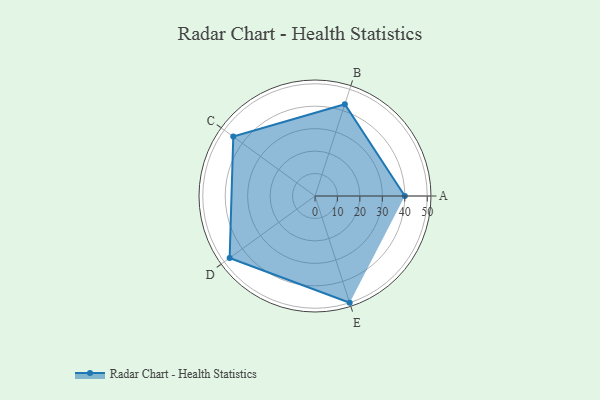
{"axis": {"x": "Skill", "y": "Score"}, "legend": ["Profile"], "data": [{"x": "A", "y": 40.0, "type": "Profile"}, {"x": "B", "y": 43.0, "type": "Profile"}, {"x": "C", "y": 45.0, "type": "Profile"}, {"x": "D", "y": 47.0, "type": "Profile"}, {"x": "E", "y": 50.0, "type": "Profile"}]}